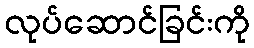
လုပ်ဆောင်ခြင်းကို